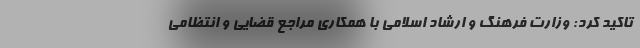
تاکید کرد: وزارت فرهنگ و ارشاد اسلامی با همکاری مراجع قضایی و انتظامی